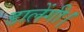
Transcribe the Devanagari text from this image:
डालेंगी।